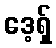
ဒေ့ရှ်